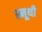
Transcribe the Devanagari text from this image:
स्मूथी